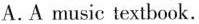
A.A music textbook.